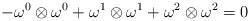
\begin{align*}-\omega^0\otimes\omega^0+\omega^1\otimes\omega^1+\omega^2\otimes\omega^2=0\end{align*}